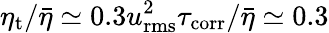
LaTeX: \eta_{\mathrm{t}}/\bar{\eta}\simeq 0.3u_{\mathrm{rms}}^{2}\tau_{\mathrm{corr}}/\bar{\eta}\simeq 0.3